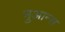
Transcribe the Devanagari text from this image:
नुआन्स